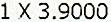
1 X 3.9000